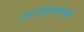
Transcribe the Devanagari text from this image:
त्लास्कालाची